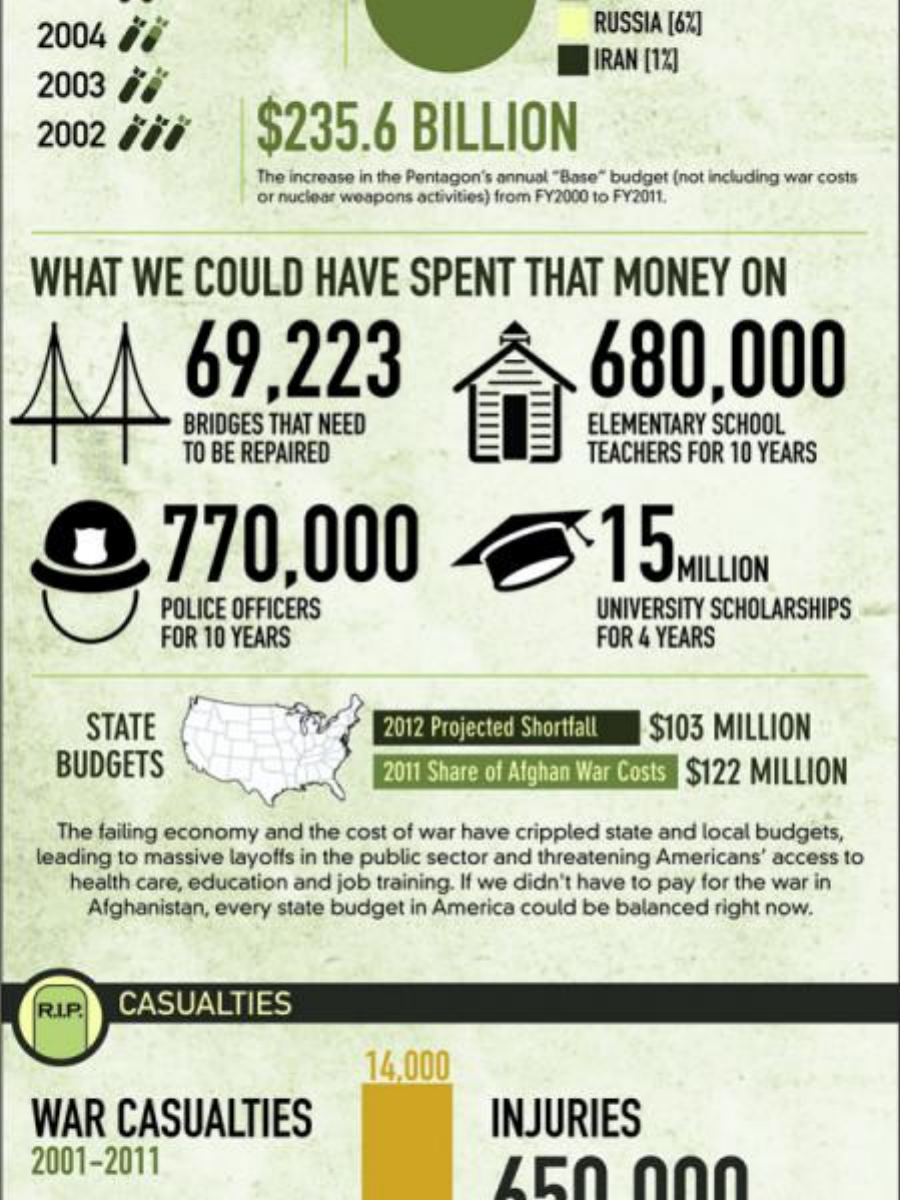
2004    RUSSIA [6%]
    2003
     IRAN [1%]
    2002  Bil    $235.6    BILLION
     The increase in the Pentagon's annual "Base" budget (not including war costs
     or nuclear weapons activities) from FY2000 to FY2011.
   WHAT    WE    COULD    HAVE    SPENT    THAT   MONEY    ON
  44    69,223    680,000
     BRIDGES THAT NEED    ELEMENTARY SCHOOL
     TO BE REPAIRED    TEACHERS FOR 10 YEARS
    O    770,000    15
     MILLION
     POLICE OFFICERS    UNIVERSITY SCHOLARSHIPS
     FOR 10 YEARS    FOR 4 YEARS
     STATE    2012 Projected Shortfall $103 MILLION
     BUDGETS    2011 Share of Afghan War Costs $122 MILLION
     The failing economy and the cost of war have crippled state and local budgets,
   leading to massive layoffs in the public sector and threatening Americans' access to
     health care, education and job training. If we didn't have to pay for the war in
     Afghanistan, every state budget in America could be balanced right now.
    R.I.P. CASUALTIES
     14,000
   WAR    CASUALTIES    INJURIES
   2001-2011    450    000